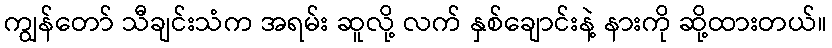
ကျွန်တော် သီချင်းသံက အရမ်း ဆူလို့ လက် နှစ်ချောင်းနဲ့ နားကို ဆို့ထားတယ်။